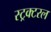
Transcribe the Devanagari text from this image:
स्ट्रक्टरल